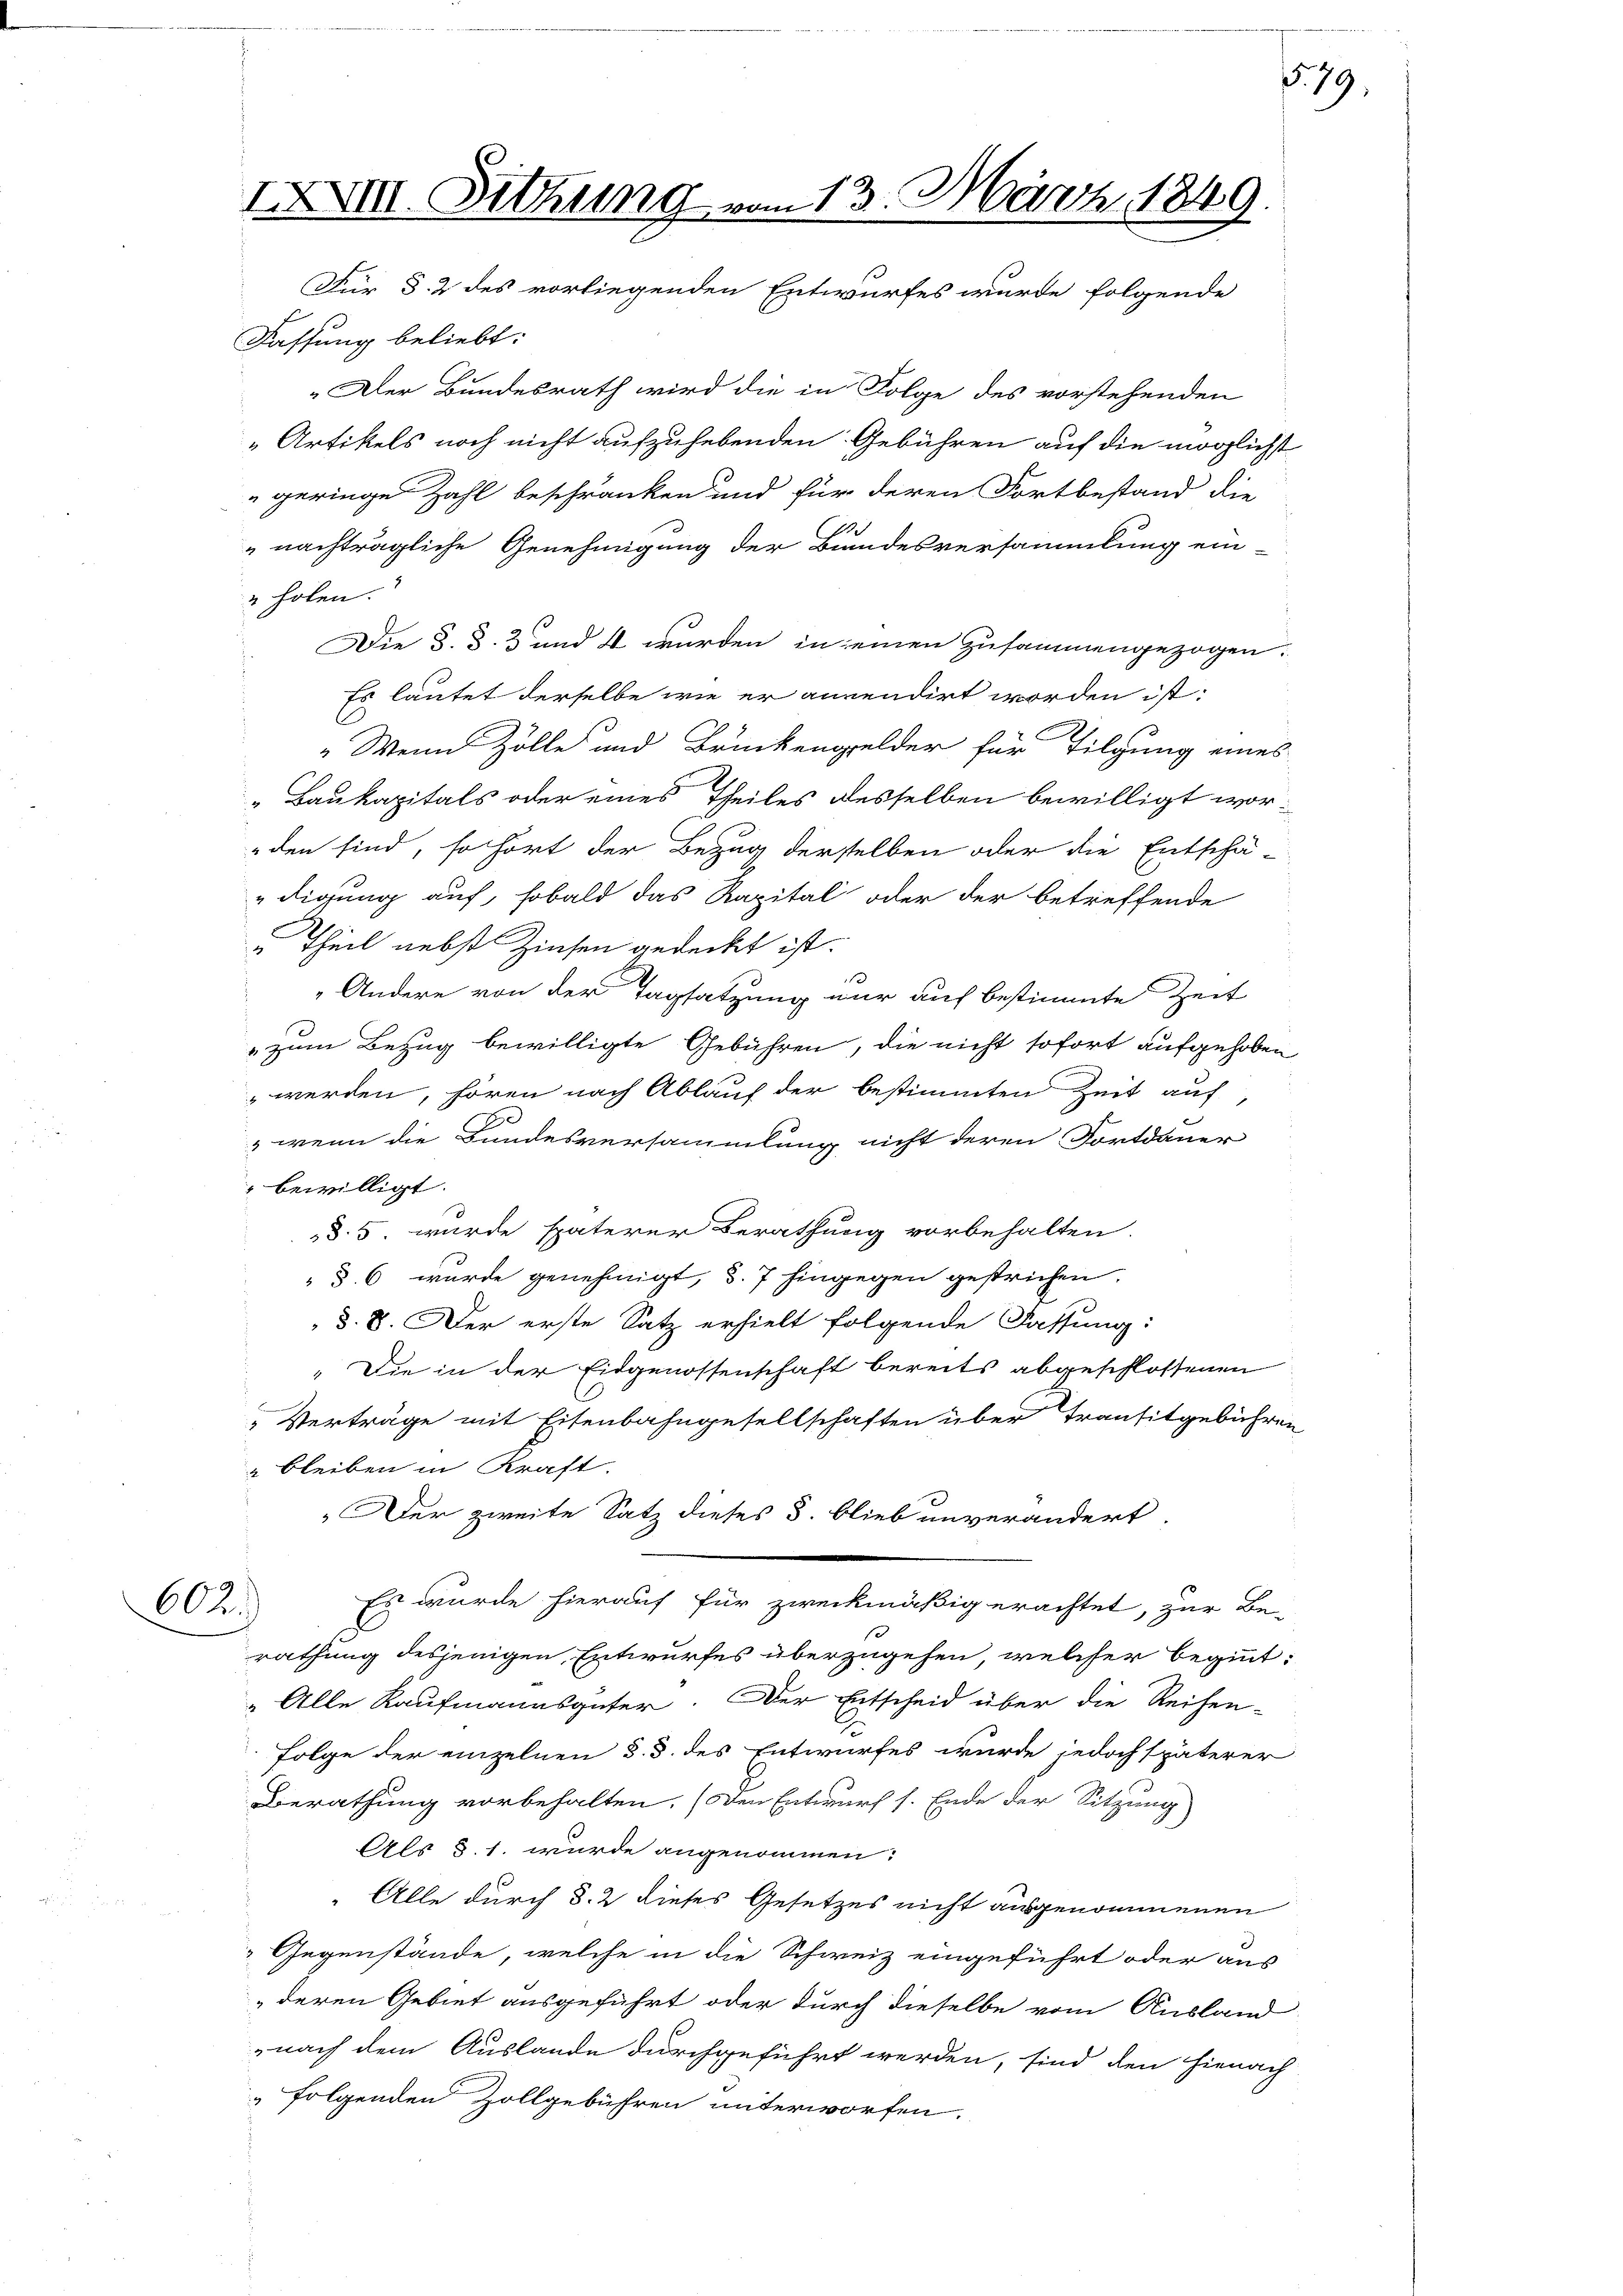
Fassung beliebt:
„Der Bundesrath wird die in Folge des vorstehenden
„Artikels noch nicht aufzuhebenden Gebühren auf die möglichst
geringe Zahl beschränken und für deren Fortbestand die
„nachträgliche Genehmigung der Bundesversammlung ein-
" holen.
Die §. §. 3 und 4 wurden in einen zusammengezogen.
Es läutet derselbe wie er anwendirt worden ist:
" Wenn Zölle und Brückengelder für Tilgung eines
„Baukapitals oder eines Theiles desselben bewilligt worden sind, so hört der Bezug derselben oder die Entschä
digung auf, sobald das Kapital oder der betreffende
 Theil nebst Zinsen gedeckt ist.
 „Andere von der Tagsatzung nur auf bestimmte Zeit
" zum Bezug bewilligte Gebühren, die nicht sofort aufgehoben
werden, hören nach Ablauf der bestimmten Zeit auf,
,wenn die Bundesversammlung nicht deren Fortdauer
" bewilligt.
§. 5. wurde späterer Berathung vorbehalten
 § 6 wurde genehmigt, d. 7 hingegen gestrichen.
§. 8. Der erste Satz erhielt folgende Fassung:
„Die in der Eidgenossenschaft bereits abgeschlossenen
Verträge mit Eisenbahngesellschaften über Transitgebühre
 bleiben in Kraft.
Der zweite Satz dieses §. blieb unverändert.
Es wurde hierauf für zweckmäßig erachtet, zur Be-
602.
rathung desjenigen Entwurfes überzugehen, welcher beginnt
„Alle Kaufmannsgüter. Der Entscheid über die Reihen-
Folge der einzelnen §. 3. des Entwurfes wurde jedoch späterer
Berathung vorbehalten. (Den Entwurf s. Ende der Sitzung
Als §. 1. wurde angenommen:
" Alle durch §. 2 dieses Gesetzes nicht ausgenommenen
Gegenstände, welche in die Schweiz eingeführt oder aus
deren Gebiet ausgeführt oder durch dieselbe vom Ausland
nach dem Auslande durchgeführt werden, sind den hienach
 folgenden Zollgebühren unterworfen.

IXXVIII. Sitzung vom 13. März 1849.
Für d. 2 des vorliegenden Entwurfes wurde folgende

§ 79.